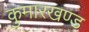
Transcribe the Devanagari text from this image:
कुमारखण्ड